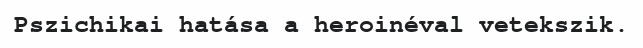
Pszichikai hatása a heroinéval vetekszik.